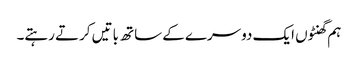
ہم گھنٹوں ایک دوسرے کے ساتھ باتیں کرتے رہتے۔